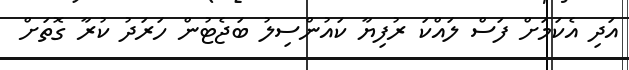
އަދި އެކަމަށް ފަސް ލައްކަ ރުފިޔާ ކައުންސިލު ބަޖެޓުން ހަރަދު ކުރާ ގޮތަށް